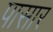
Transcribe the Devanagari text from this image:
पासार